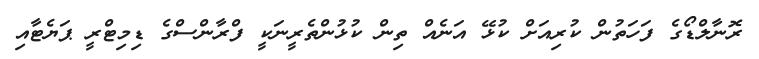
ރޮނާލްޑޯގެ ފަހަތުން ކުރިއަށް ކުޅޭ އަނެއް ތިން ކުޅުންތެރީނަކީ ފްރާންސްގެ ޑިމިޓްރީ ޕަޔެޓާއި